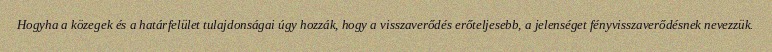
Hogyha a közegek és a határfelület tulajdonságai úgy hozzák, hogy a visszaverődés erőteljesebb, a jelenséget fényvisszaverődésnek nevezzük.